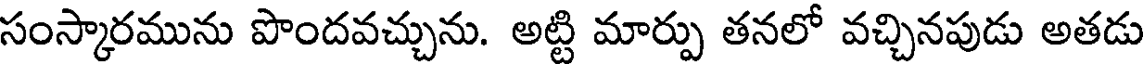
సంస్కారమును పొందవచ్చును. అట్టి మార్పు తనలో వచ్చినపుడు అతడు